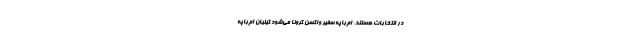
در انتخابات هستند. ام‌باپه سفیر واکسن کرونا می‌شود کیلیان ام‌باپه